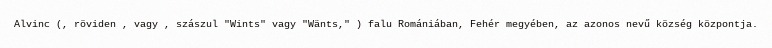
Alvinc (, röviden , vagy , szászul "Wints" vagy "Wänts," ) falu Romániában, Fehér megyében, az azonos nevű község központja.